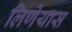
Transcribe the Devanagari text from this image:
लिणेयास